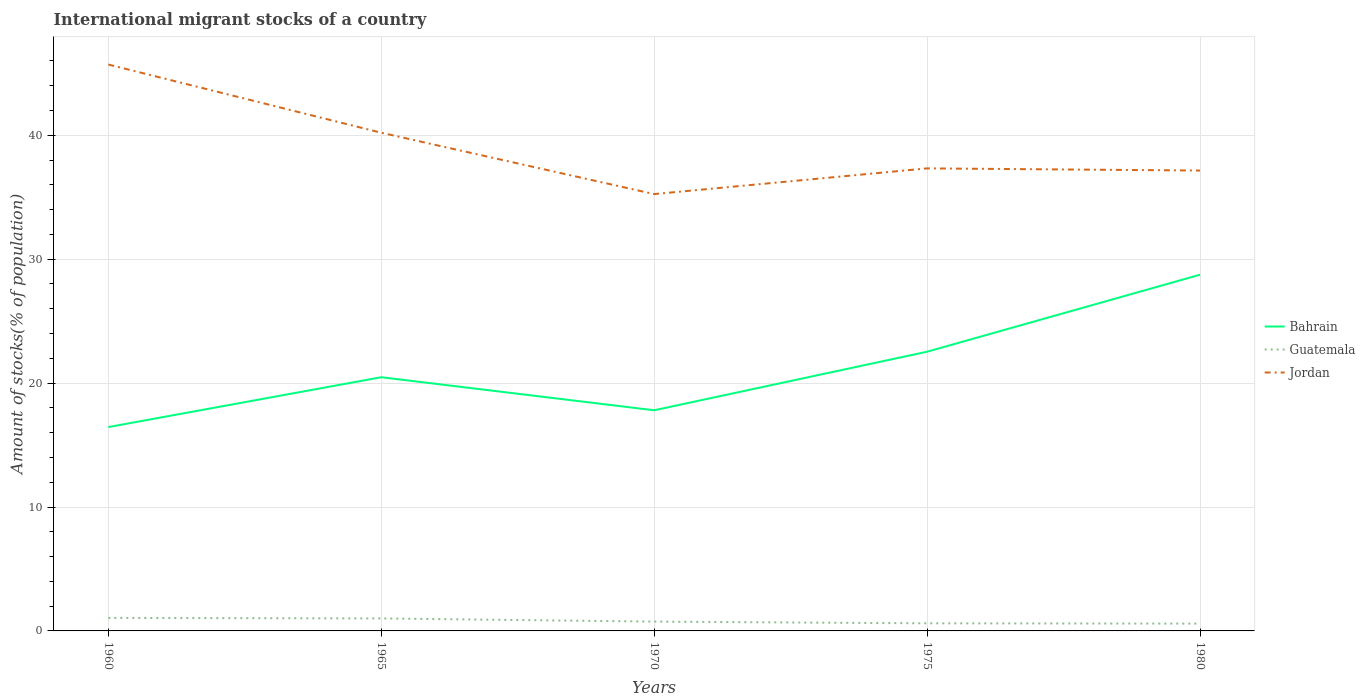
| Years | Bahrain | Guatemala | Jordan |
 | --- | --- | --- | --- |
 | 1960 | 16.5 | 1.05 | 45.7 |
 | 1965 | 20.5 | 1.01 | 40.2 |
 | 1970 | 17.8 | 0.752 | 35.3 |
 | 1975 | 22.5 | 0.612 | 37.3 |
 | 1980 | 28.7 | 0.59 | 37.2 |